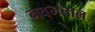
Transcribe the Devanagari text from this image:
नवमताल